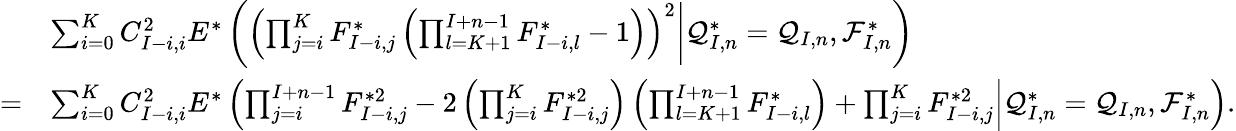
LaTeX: \begin{array}{rl}&{\sum_{i=0}^{K}C_{I-i,i}^{2}E^{*}\left(\left.\left(\prod_{j=i}^{K}F_{I-i,j}^{*}\left(\prod_{l=K+1}^{I+n-1}F_{I-i,l}^{*}-1\right)\right)^{2}\right|\mathcal{Q}_{I,n}^{*}=\mathcal{Q}_{I,n},\mathcal{F}_{I,n}^{*}\right)}\\ {=}&{\sum_{i=0}^{K}C_{I-i,i}^{2}E^{*}\left(\left.\prod_{j=i}^{I+n-1}F_{I-i,j}^{*2}-2\left(\prod_{j=i}^{K}F_{I-i,j}^{*2}\right)\left(\prod_{l=K+1}^{I+n-1}F_{I-i,l}^{*}\right)+\prod_{j=i}^{K}F_{I-i,j}^{*2}\right|\mathcal{Q}_{I,n}^{*}=\mathcal{Q}_{I,n},\mathcal{F}_{I,n}^{*}\right).}\end{array}